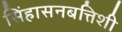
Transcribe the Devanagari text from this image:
सिंहासनबत्तिशी